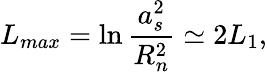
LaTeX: L_{max}=\ln\frac{a_{s}^{2}}{R_{n}^{2}}\simeq 2L_{1},